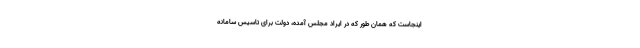
اینجاست که همان طور که در ایراد مجلس آمده، دولت برای تاسیس سامانه